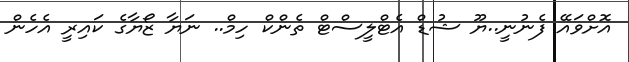
އޮށްވައޭ ފެނުނީ..ޔޫ ޝުޑް އެޓްލީސްޓް ތެންކް ހިމް.. ނަޔާ ޒޯޔާގެ ކައިރީ އެހެން